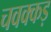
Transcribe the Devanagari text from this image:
चवक्कड़